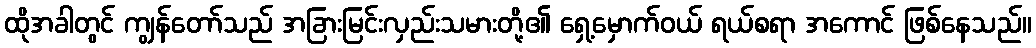
ထိုအခါတွင် ကျွန်တော်သည် အခြားမြင်းလှည်းသမားတို့၏ ရှေ့မှောက်ဝယ် ရယ်စရာ အကောင် ဖြစ်နေသည်။